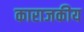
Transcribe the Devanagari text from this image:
काराजकीय